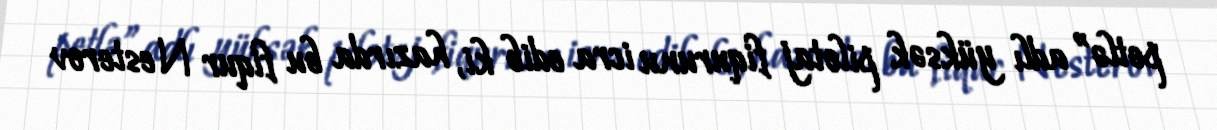
petlə” adlı yüksək pilotaj fiqurunu icra edib ki, hazırda bu fiqur Nesterov